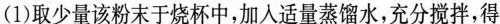
(1)取少量该粉末于烧杯中，加入适量蒸馏水，充分搅拌，得